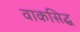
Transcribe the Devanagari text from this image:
वाकसिद्ध